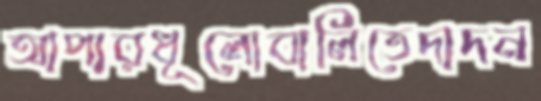
আপারধূলোবালিতেদাদন